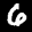
Label: 6